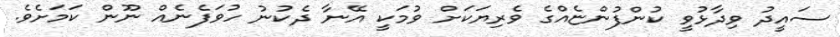
ސައީދު ވިދާޅުވީ ކުންފުންޏެއްގެ ވެރިޔަކަށް ވުމަކީ އޭނާ ދެކުނު ހުވަފެނެއް ނޫން ކަމަށެވެ.